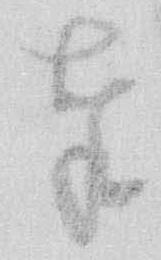
奉